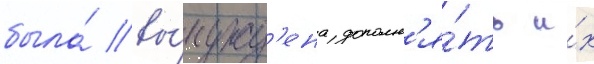
была́ вы́нужд'ена дополн'я́ть и́х